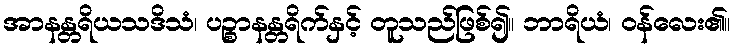
အာနန္တရိယသဒိသံ၊ ပဉ္စာနန္တရိက်နှင့် တူသည်ဖြစ်၍။ ဘာရိယံ၊ ဝန်လေး၏။